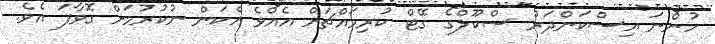
ހުންނަ އިސްކަންދަރު ސްކޫލްގެ ގޭޓް ކުރިމައްޗަށް އެއްވެ އެކަން ނުކުރުމަށް ގޮވާފަ އެވެ.